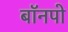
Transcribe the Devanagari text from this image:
बॉनपो